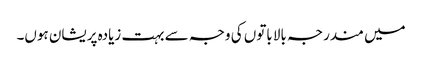
میں مندرجہ بالا باتوں کی وجہ سے بہت زیادہ پریشان ہوں۔